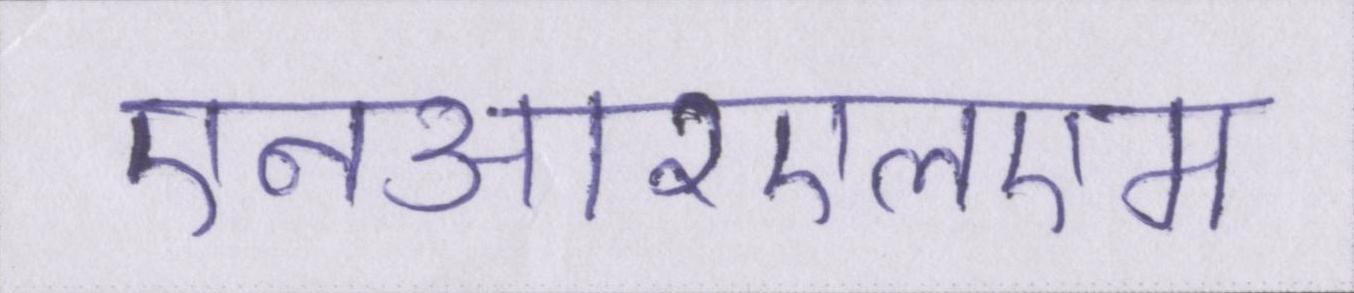
एनआरएलएम